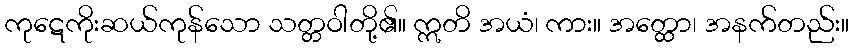
ကုဋေကိုးဆယ်ကုန်သော သတ္တဝါတို့၏။ ဣတိ အယံ၊ ကား။ အတ္ထော၊ အနက်တည်း။